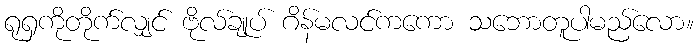
ရုရှကိုတိုက်လျှင် ဗိုလ်ချုပ် ဂိန်မလင်ကကော သဘောတူပါမည်လော။